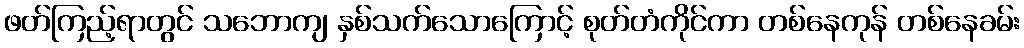
ဖတ်ကြည့်ရာတွင် သဘောကျ နှစ်သက်သောကြောင့် စုတ်တံကိုင်ကာ တစ်နေကုန် တစ်နေခမ်း